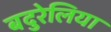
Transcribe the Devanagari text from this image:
बदुरेलिया